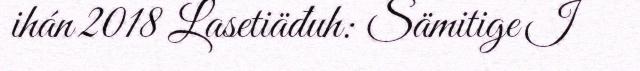
ihán 2018 Lasetiäđuh: Sämitige I